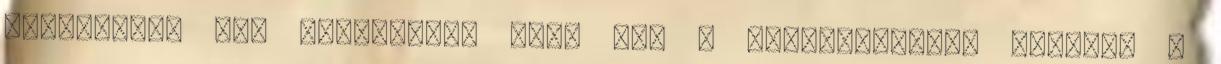
EU-csúcsot úgy értékelte, hogy bár a résztvevőkben megvolt a